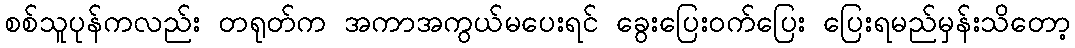
စစ်သူပုန်ကလည်း တရုတ်က အကာအကွယ်မပေးရင် ခွေးပြေးဝက်ပြေး ပြေးရမည်မှန်းသိတော့